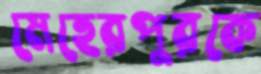
মেহেরপুরকে